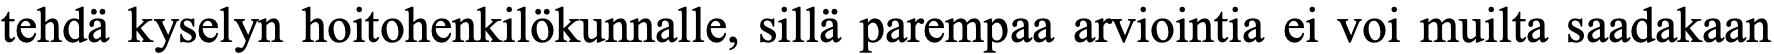
tehdä kyselyn hoitohenkilökunnalle, sillä parempaa arviointia ei voi muilta saadakaan